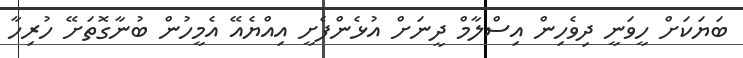
ބަޔަކަށް ހީވަނީ ދިވެހިން އިސްލާމް ދީނަށް އުޅެންފެށީ އިއްޔެއޭ އެމީހުން ބުނާގޮތަށޭ ހުރިހާ